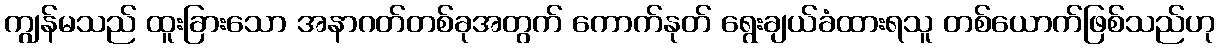
ကျွန်မသည် ထူးခြားသော အနာဂတ်တစ်ခုအတွက် ကောက်နုတ် ရွေးချယ်ခံထားရသူ တစ်ယောက်ဖြစ်သည်ဟု